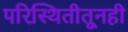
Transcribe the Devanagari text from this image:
परिस्थितीतूनही